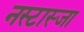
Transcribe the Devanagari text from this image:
नस्टास्जा